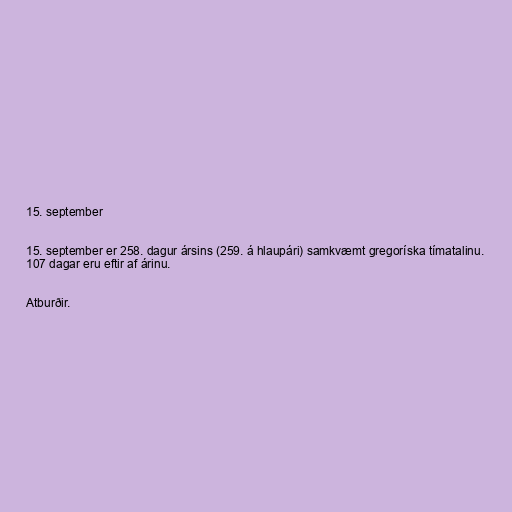
15. september

15. september er 258. dagur ársins (259. á hlaupári) samkvæmt gregoríska tímatalinu.
107 dagar eru eftir af árinu.

Atburðir.